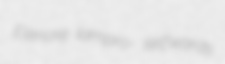
Elenore lampro- selfwards